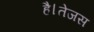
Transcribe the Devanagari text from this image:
है।तेजस